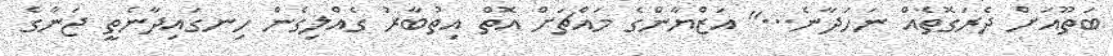
ބަތޫއަށް ދެރަގޮތެއް ނަހަދާނެ...'' އަޒްޔާންގެ މައްޗަށް އޮތް އިތުބާރު ގެއްލިގެން ހިނގައިދާނެތީ ޖަނާގެ